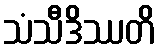
သံသီဒိဿတိ